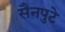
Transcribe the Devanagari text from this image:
सैनपुटे